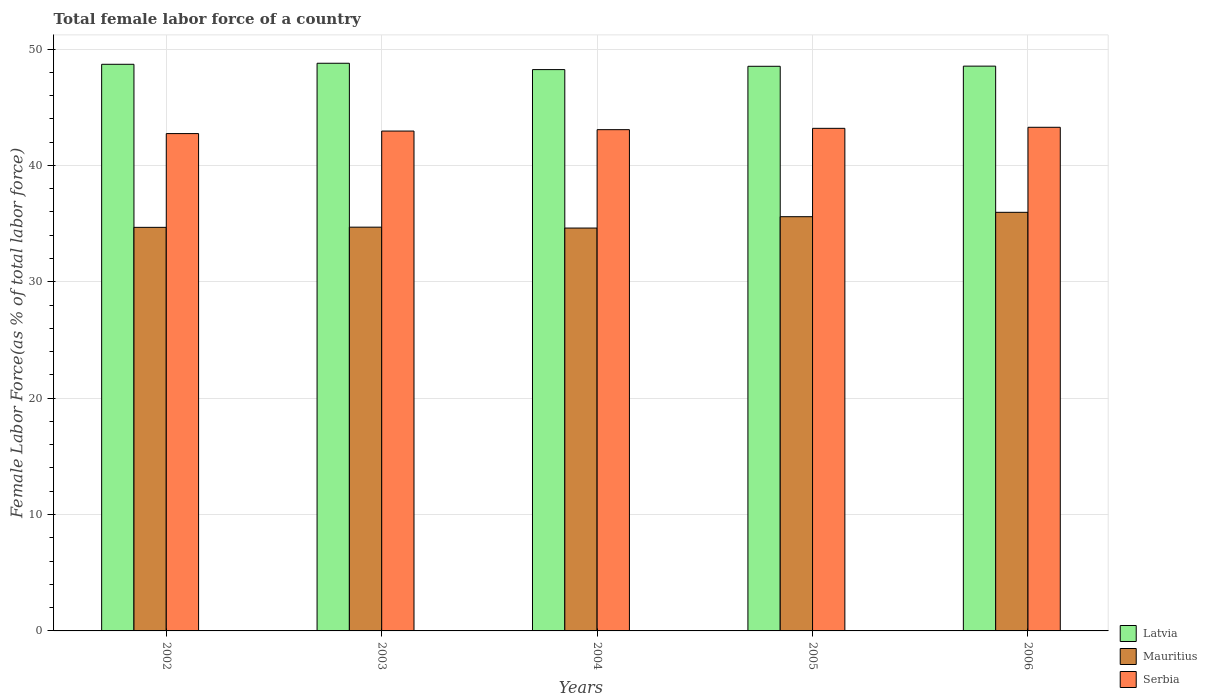
| Years | Latvia | Mauritius | Serbia |
 | --- | --- | --- | --- |
 | 2002 | 48.7 | 34.7 | 42.7 |
 | 2003 | 48.8 | 34.7 | 43 |
 | 2004 | 48.2 | 34.6 | 43.1 |
 | 2005 | 48.5 | 35.6 | 43.2 |
 | 2006 | 48.5 | 36 | 43.3 |